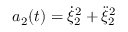
a _ { 2 } ( t ) = \dot { \xi } _ { 2 } ^ { 2 } + \ddot { \xi } _ { 2 } ^ { 2 }